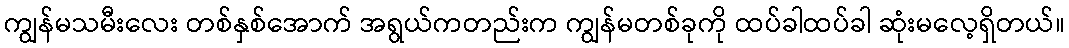
ကျွန်မသမီးလေး တစ်နှစ်အောက် အရွယ်ကတည်းက ကျွန်မတစ်ခုကို ထပ်ခါထပ်ခါ ဆုံးမလေ့ရှိတယ်။